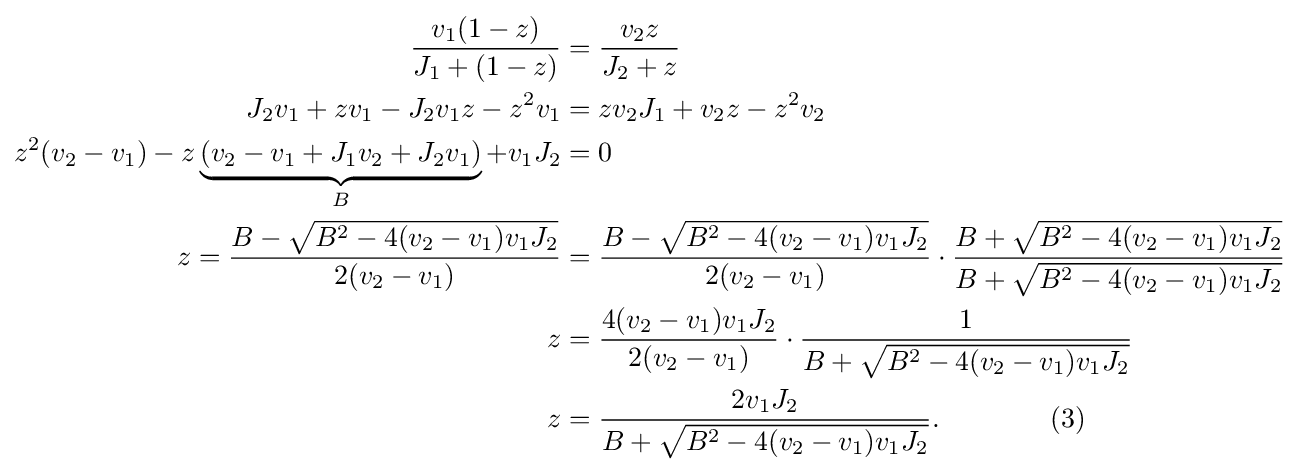
{\begin{aligned}{\frac {v_{1}(1-z)}{J_{1}+(1-z)}}&={\frac {v_{2}z}{J_{2}+z}}\\J_{2}v_{1}+zv_{1}-J_{2}v_{1}z-z^{2}v_{1}&=zv_{2}J_{1}+v_{2}z-z^{2}v_{2}\\z^{2}(v_{2}-v_{1})-z\underbrace {(v_{2}-v_{1}+J_{1}v_{2}+J_{2}v_{1})} _{B}+v_{1}J_{2}&=0\\z={\frac {B-{\sqrt {B^{2}-4(v_{2}-v_{1})v_{1}J_{2}}}}{2(v_{2}-v_{1})}}&={\frac {B-{\sqrt {B^{2}-4(v_{2}-v_{1})v_{1}J_{2}}}}{2(v_{2}-v_{1})}}\cdot {\frac {B+{\sqrt {B^{2}-4(v_{2}-v_{1})v_{1}J_{2}}}}{B+{\sqrt {B^{2}-4(v_{2}-v_{1})v_{1}J_{2}}}}}\\z&={\frac {4(v_{2}-v_{1})v_{1}J_{2}}{2(v_{2}-v_{1})}}\cdot {\frac {1}{B+{\sqrt {B^{2}-4(v_{2}-v_{1})v_{1}J_{2}}}}}\\z&={\frac {2v_{1}J_{2}}{B+{\sqrt {B^{2}-4(v_{2}-v_{1})v_{1}J_{2}}}}}.\qquad \qquad (3)\end{aligned}}